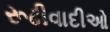
રૂઢીવાદીઓ